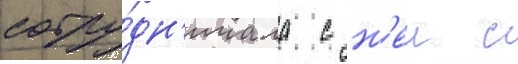
сотру́дн'ичала с н'еи с